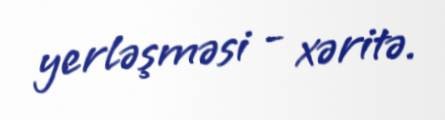
yerləşməsi - xəritə.